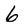
Character: 6